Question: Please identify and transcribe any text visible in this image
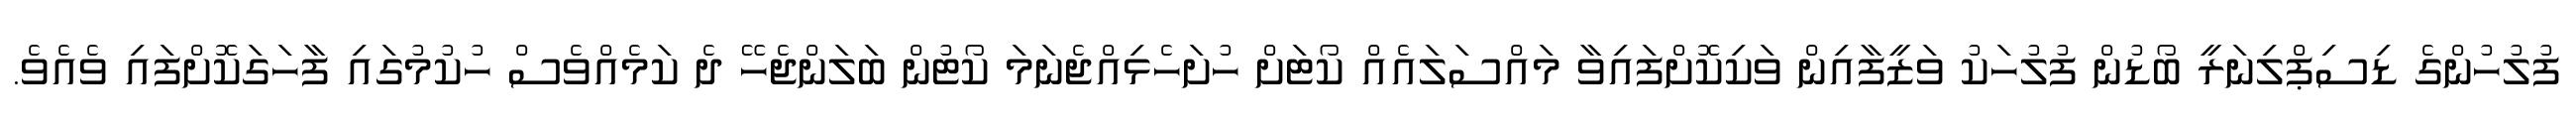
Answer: ފުލުހުންގެ ޑިސިޕްލިނަރީ ބޯޑުން ފުލުހަކު ވަޒީފާއިން ވަކިކޮށްފައިވާ މައްސަލައެއް ކޯޓަށް ހުށަހެޅިއްޖެނަމަ ކޯޓުން ބަލަންޖެހޭ ދެ ކަމެއްވެސް ހުކުމުގައި ފާހަގަކޮށްފައި ވެއެވެ.